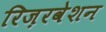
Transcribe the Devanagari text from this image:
रिज़रवेशन